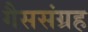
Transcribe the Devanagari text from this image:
गैससंग्रह